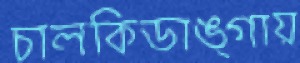
চালকিডাঙ্গায়